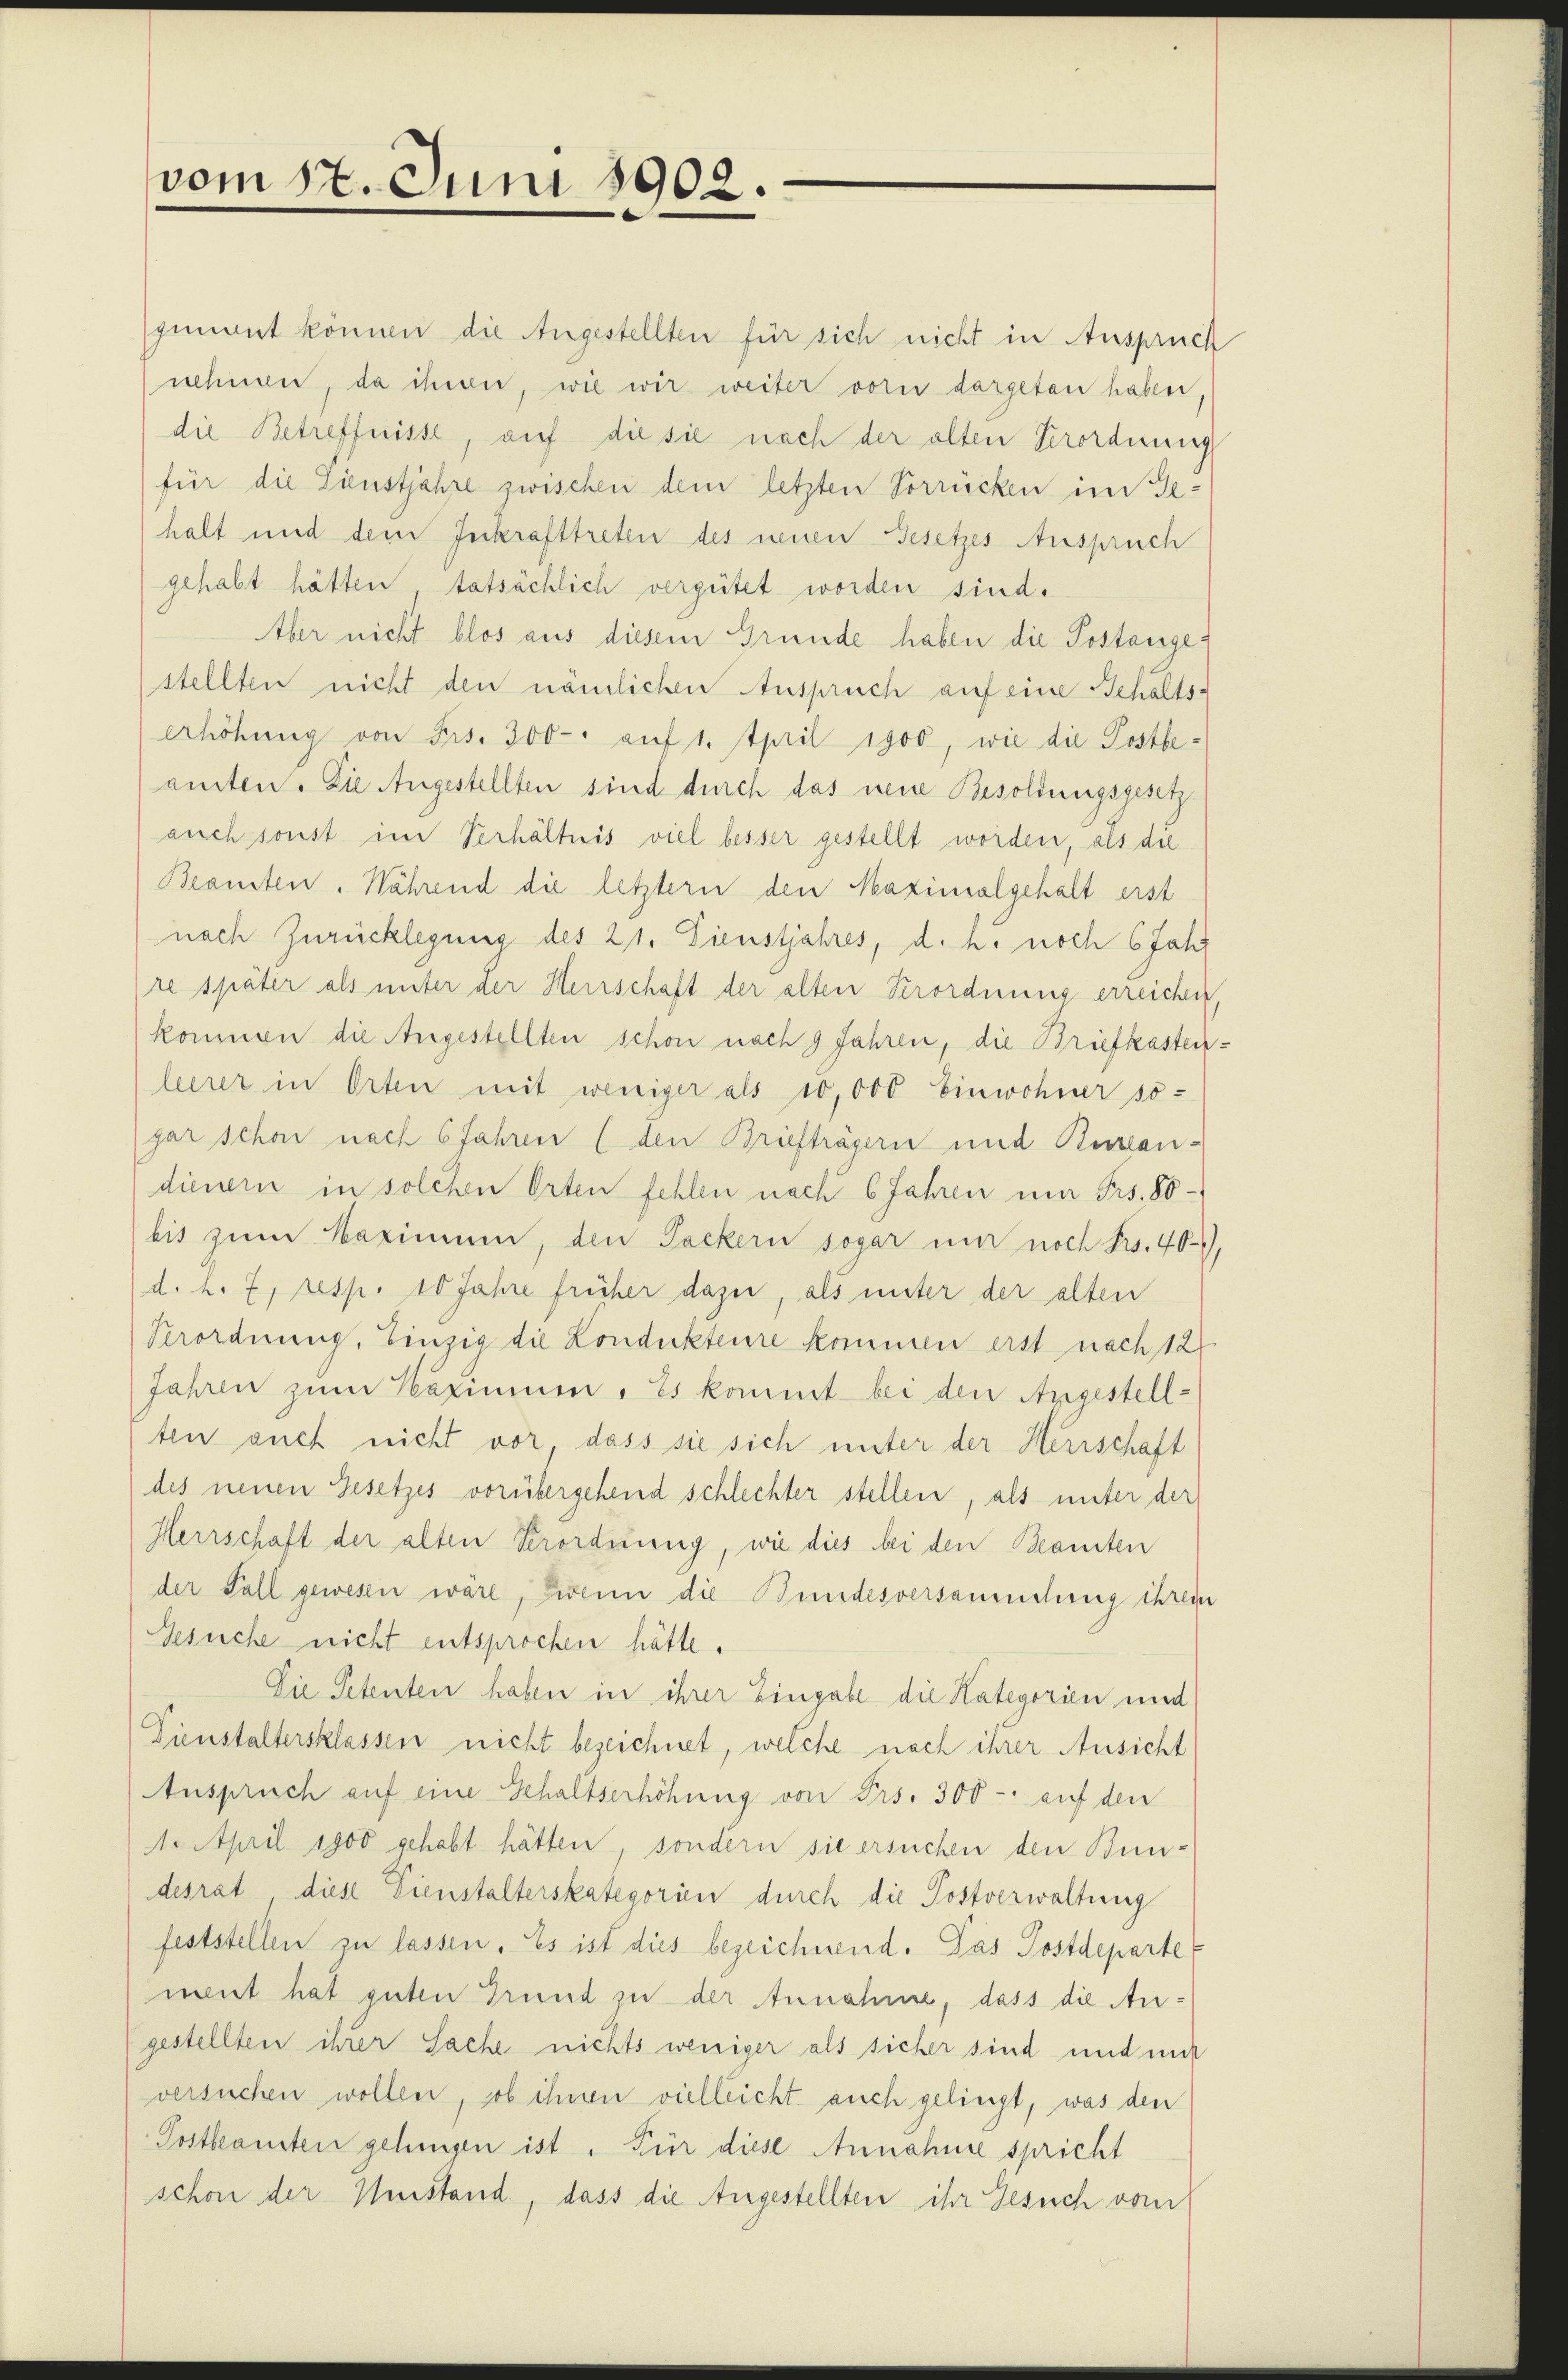
vom 17. Juni 1902.

genant können die Angestellten für sich nicht in Anspruch
nehmen, da ihrer, wie wir weiter vorn dargetan haben,
die Betreffnisse, auf die sie nach der alten Verordnung
für die Dienstjahre zwischen dem letzten Vorrücken im Ge-
halt und dem Inkrafttreten des neuen Gesetzes Anspruch
gehabt hätten tatsächlich vergütet worden sind.
Aber nicht blos aus diesem Grunde haben die Postangestellten nicht den nämlichen Anspruch auf eine Gehalts-
Erhöhung von Frs. 300 auf 1. April 1900, wie die Postbeamten. Die Angestellten sind durch das neue Besoldungsgesetzauch sonst im Verhältnis viel besser gestellt worden, als die
Beansten. Während die letztern den Maximalgehalt erst
nach Zurücklegung des 21. Dienstjahres, d. h. noch 6 Jahr
re später als unter der Herrschaft der alten Verordnung erreichen,
kommen die Angestellten schon nach 9 Jahren, die Briefkastenleerer in Orten mit weniger als 10,000 Einwohner so-
gar schon nach 6 Jahren (den Briefträgern und Auslandienern in solchen Orten fehlen nach 6 Jahren in Frs. 80
bis zum Maximum, den Fackern sogar nur noch Pro. 40,
d. h. 7, resp. 10 Jahre früher dazu, als unter der alten
Verordnung, Einzig die Londukteure kommen erst nach 12
Jahren zum Haximum. Es kommt bei den Angestellten auch nicht vor, dass sie sich unter der Herrschaft
des neuen Gesetzes vorübergehend schlechter stellen, als unter der
Herrschaft der alten Verordnung, wie dies bei den Beamten
der Fall gewesen wäre, zwenn die Bundesversammlung ihrem
Gesuche nicht entsprochen hätte.
Die Petenten haben in ihrer Eingabe die Kategorien und
Dienstaltersklassen nicht bezeichnet, welche nach ihrer Ansicht
Anspruch auf eine Gehaltserhöhung von Frs. 300 - auf den
1. April 1900 gehabt hätten, sondern sie ersuchen den Bun-
desrat, diese Dienstalterskategorien durch die Postverwaltung
feststellen zu lassen. Es ist dies bezeichnend. Das Postdeparte
ment hat guten Grund zu der Annahme, dass die An¬
(gestellten ihrer Sache nichts weniger als sicher sind und mit
versuchen wollen, ob ihnen vielleicht auch gelingt, was den
Postbeamten gelungen ist. Für diese Annahme spricht
schon der Meistand, dass die Angestellten ihr Gesuch vom